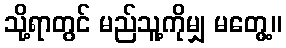
သို့ရာတွင် မည်သူ့ကိုမျှ မတွေ့။